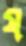
য